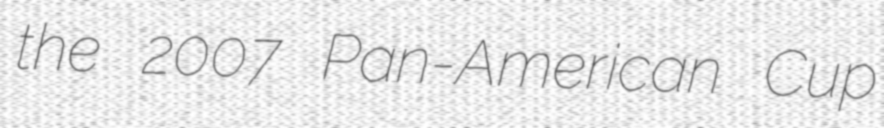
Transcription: the 2007 Pan-American Cup